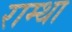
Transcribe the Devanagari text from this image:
राम्था